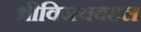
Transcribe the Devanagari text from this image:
श्रीविजयबद्दल